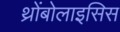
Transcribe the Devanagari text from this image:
थ्रोंबोलाइसिस